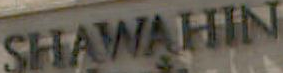
SHAWAHIN